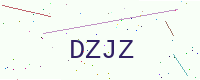
Text: DZJZ